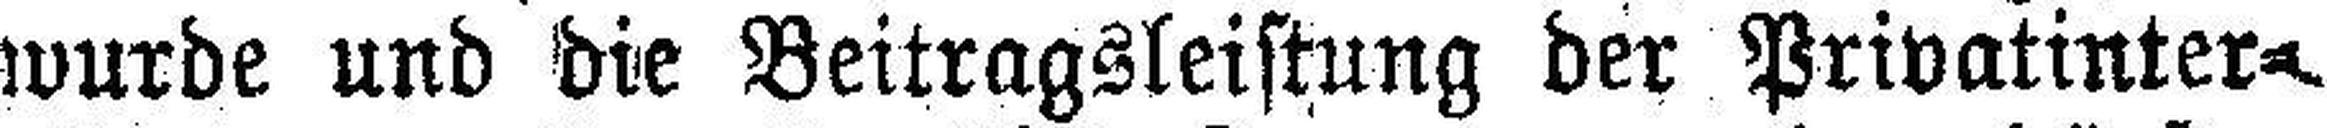
wurde und die Beitragsleistung der Privatinter¬